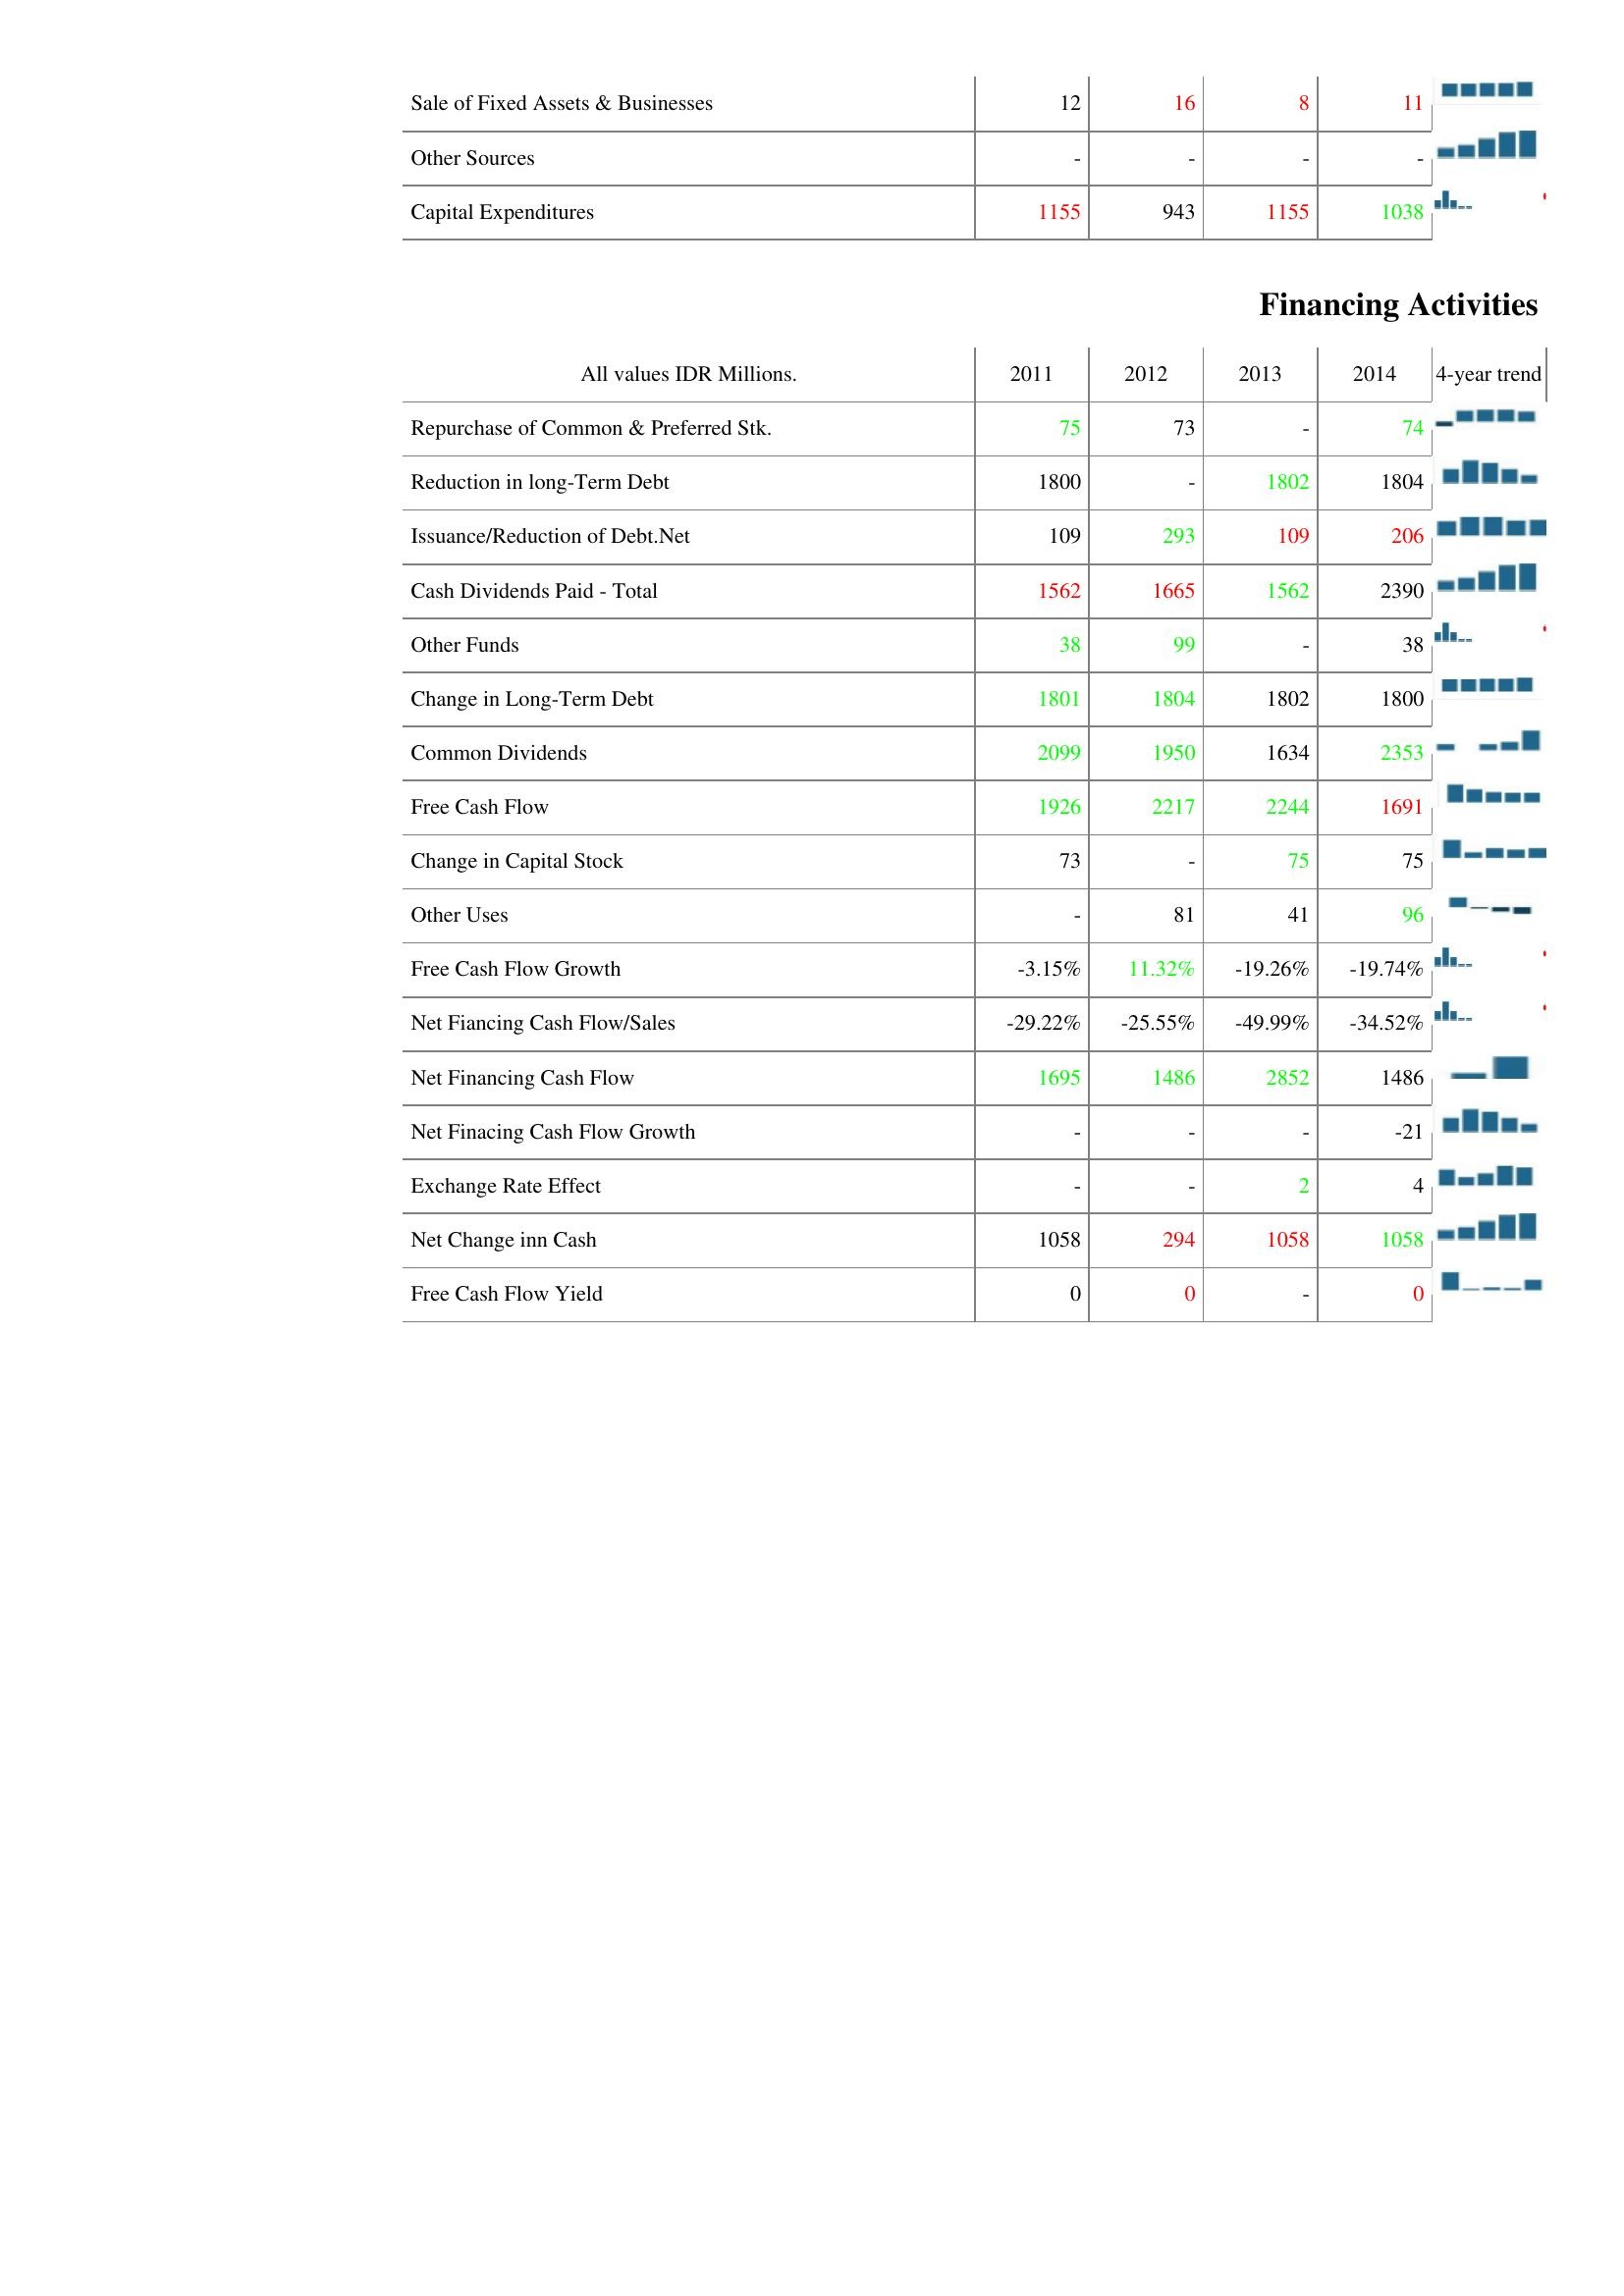
2011: Investing Activities: Sale of Fixed Assets & Businesses: 12
Other Sources: -
Capital Expenditures: 1155
Financing Activities: Repurchase of Common & Preferred Stk.: 75
Reduction in long-Term Debt: 1800
Issuance/Reduction of Debt.Net: 109
Cash Dividends Paid - Total: 1562
Other Funds: 38
Change in Long-Term Debt: 1801
Common Dividends: 2099
Free Cash Flow: 1926
Change in Capital Stock: 73
Other Uses: -
Free Cash Flow Growth: -3.15%
Net Fiancing Cash Flow/Sales: -29.22%
Net Financing Cash Flow: 1695
Net Finacing Cash Flow Growth: -
Exchange Rate Effect: -
Net Change inn Cash: 1058
Free Cash Flow Yield: 0
2012: Investing Activities: Sale of Fixed Assets & Businesses: 16
Other Sources: -
Capital Expenditures: 943
Financing Activities: Repurchase of Common & Preferred Stk.: 73
Reduction in long-Term Debt: -
Issuance/Reduction of Debt.Net: 293
Cash Dividends Paid - Total: 1665
Other Funds: 99
Change in Long-Term Debt: 1804
Common Dividends: 1950
Free Cash Flow: 2217
Change in Capital Stock: -
Other Uses: 81
Free Cash Flow Growth: 11.32%
Net Fiancing Cash Flow/Sales: -25.55%
Net Financing Cash Flow: 1486
Net Finacing Cash Flow Growth: -
Exchange Rate Effect: -
Net Change inn Cash: 294
Free Cash Flow Yield: 0
2013: Investing Activities: Sale of Fixed Assets & Businesses: 8
Other Sources: -
Capital Expenditures: 1155
Financing Activities: Repurchase of Common & Preferred Stk.: -
Reduction in long-Term Debt: 1802
Issuance/Reduction of Debt.Net: 109
Cash Dividends Paid - Total: 1562
Other Funds: -
Change in Long-Term Debt: 1802
Common Dividends: 1634
Free Cash Flow: 2244
Change in Capital Stock: 75
Other Uses: 41
Free Cash Flow Growth: -19.26%
Net Fiancing Cash Flow/Sales: -49.99%
Net Financing Cash Flow: 2852
Net Finacing Cash Flow Growth: -
Exchange Rate Effect: 2
Net Change inn Cash: 1058
Free Cash Flow Yield: -
2014: Investing Activities: Sale of Fixed Assets & Businesses: 11
Other Sources: -
Capital Expenditures: 1038
Financing Activities: Repurchase of Common & Preferred Stk.: 74
Reduction in long-Term Debt: 1804
Issuance/Reduction of Debt.Net: 206
Cash Dividends Paid - Total: 2390
Other Funds: 38
Change in Long-Term Debt: 1800
Common Dividends: 2353
Free Cash Flow: 1691
Change in Capital Stock: 75
Other Uses: 96
Free Cash Flow Growth: -19.74%
Net Fiancing Cash Flow/Sales: -34.52%
Net Financing Cash Flow: 1486
Net Finacing Cash Flow Growth: -21
Exchange Rate Effect: 4
Net Change inn Cash: 1058
Free Cash Flow Yield: 0